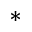
*